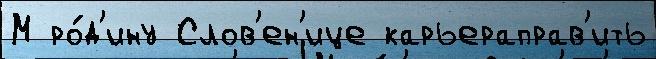
М ро́д'ину Слов'ен'ице карьераправ'ить